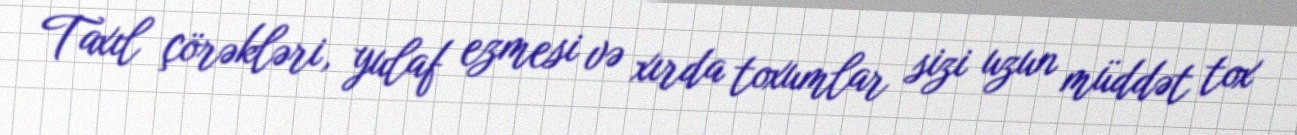
Taxıl çörəkləri, yulaf ezmesi və xırda toxumlar sizi uzun müddət tox